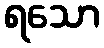
ရသော